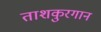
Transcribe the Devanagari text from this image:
ताशकुरगान